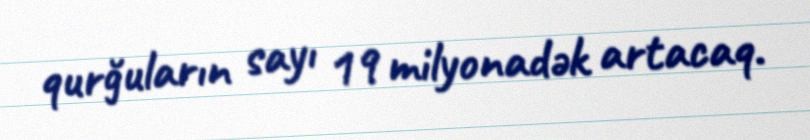
qurğuların sayı 19 milyonadək artacaq.